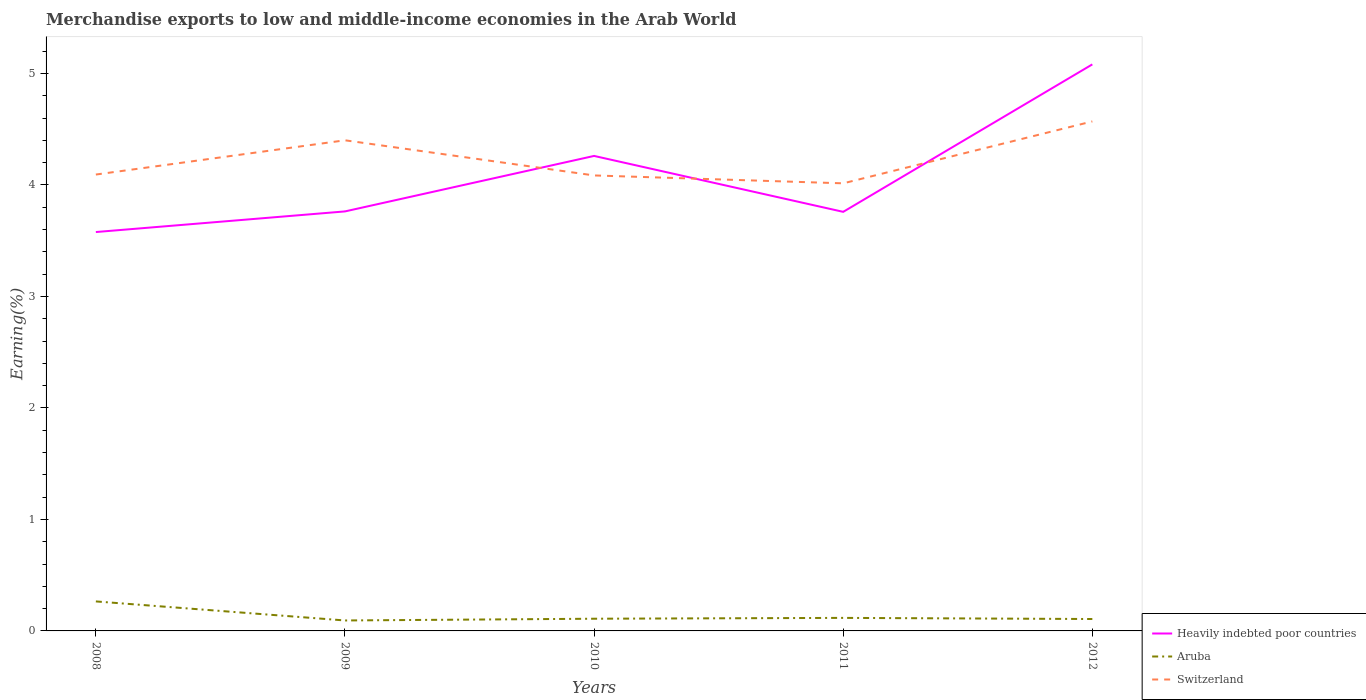
| Years | Heavily indebted poor countries | Aruba | Switzerland |
 | --- | --- | --- | --- |
 | 2008 | 3.58 | 0.265 | 4.09 |
 | 2009 | 3.76 | 0.0938 | 4.4 |
 | 2010 | 4.26 | 0.109 | 4.09 |
 | 2011 | 3.76 | 0.117 | 4.01 |
 | 2012 | 5.08 | 0.107 | 4.57 |